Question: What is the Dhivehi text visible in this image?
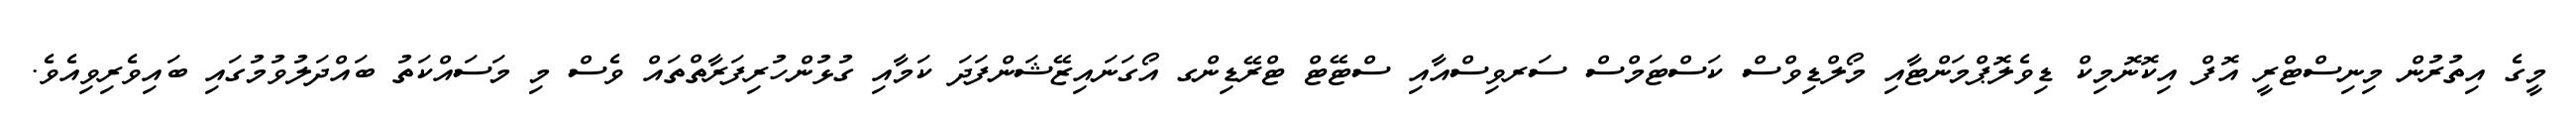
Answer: މީގެ އިތުރުން މިނިސްޓްރީ އޮފް އިކޮނޮމިކް ޑިވެލޮޕްމަންޓާއި މޯލްޑިވްސް ކަސްޓަމްސް ސަރވިސްއާއި ސްޓޭޓް ޓްރޭޑިންގ އޯގަނައިޒޭޝަންފަދަ ކަމާއި ގުޅުންހުރިފަރާތްތައް ވެސް މި މަސައްކަތު ބައްދަލުވުމުގައި ބައިވެރިވިއެވެ.